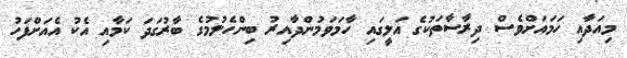
މިއަދާއި ހަމައަށްވެސް ދިރާސާތަކުގެ އަލީގައި ހާމަވަމުންދާއިރު ބިންހެލުމުގެ ބާރުގަދަ ކަމާއި އެކު އެއަށްފަހު